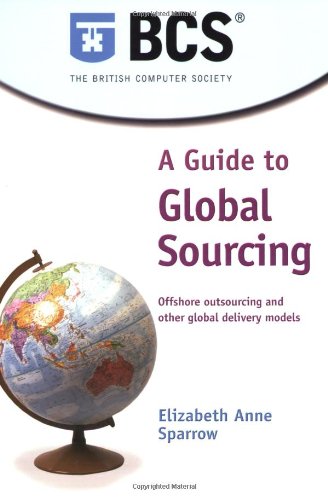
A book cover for A Guide to Global Sourcing; Elizabeth Anne Sparrow; Business & Money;